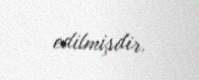
edilmişdir.